Scottish Leaving Certificate Examination, 1958
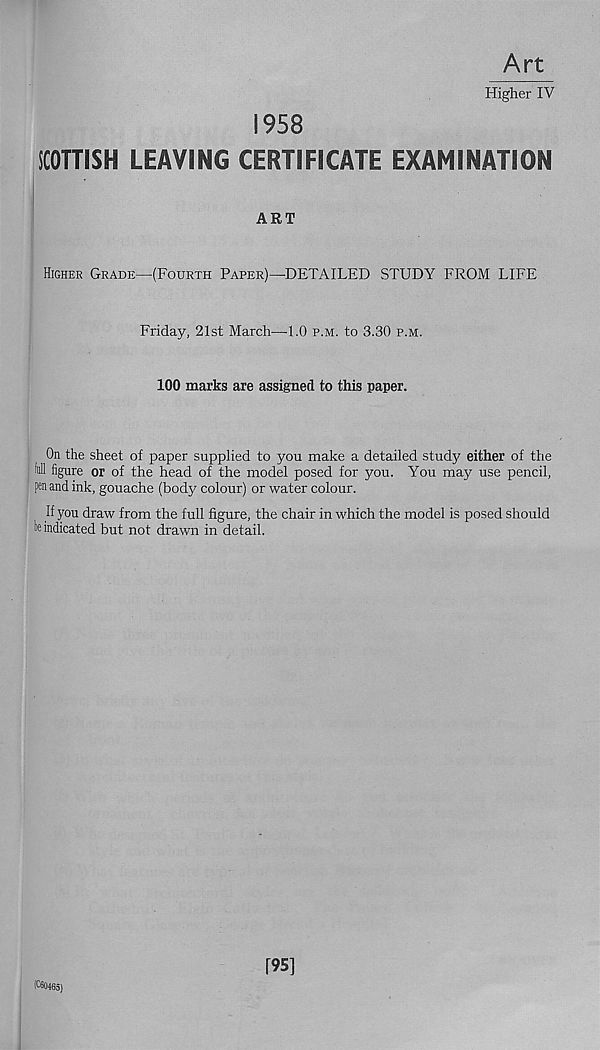
Art
Higher IV
1958
SCOTTISH LEAVING CERTIFICATE EXAMINATION
Higher Grade—(Fourth Paper)—DETAILED STUDY FROM LIFE
Friday, 21st March—1.0 p.m. to 3.30 p.m.
100 marks are assigned to this paper.
On the sheet of paper supplied to you make a detailed study either of the
full figure or of the head of the model posed for you. You may use pencil,
pen and ink, gouache (body colour) or water colour.
If you draw from the full figure, the chair in which the model is posed should
Vindicated but not drawn in detail.
IC60465)
[95]